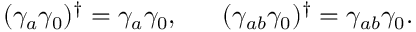
( \gamma _ { a } \gamma _ { 0 } ) ^ { \dagger } = \gamma _ { a } \gamma _ { 0 } , \ \ \ \ \ ( \gamma _ { a b } \gamma _ { 0 } ) ^ { \dagger } = \gamma _ { a b } \gamma _ { 0 } .